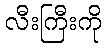
လီးကြီးကို